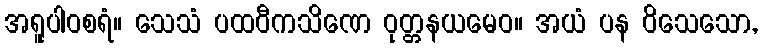
အရူပါဝစရံ။ သေသံ ပထဝီကသိဏေ ဝုတ္တနယမေဝ။ အယံ ပန ဝိသေသော,